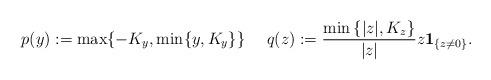
LaTeX: \begin{align*}p(y):=\max\{-K_y,\min\{y,K_y\}\}\ \ \ \ q(z):=\frac{\min \left\{ |z|,K_z\right\} }{|z|}z\mathbf{1}_{\{z\neq 0\}}. \end{align*}